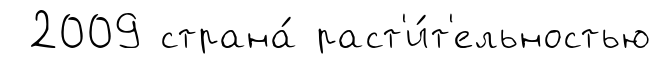
2009 страна́ раст'и́т'ельностью